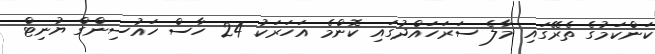
ކަންކަމުގެ ތެރޭގައި މާލެ ސަރަހައްދުގައި ކޮންމެ އަހަރަކު 24 ހާސް ހައުސިންގް ޔުނިޓް